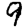
Digit: 9